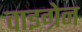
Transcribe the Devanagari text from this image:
वाइग्रेन